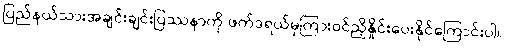
ပြည်နယ်သားအချင်းချင်းပြဿနာကို ဖက်ဒရယ်မှကြားဝင်ညှိနှိုင်းပေးနိုင်ကြောင်းပါ။